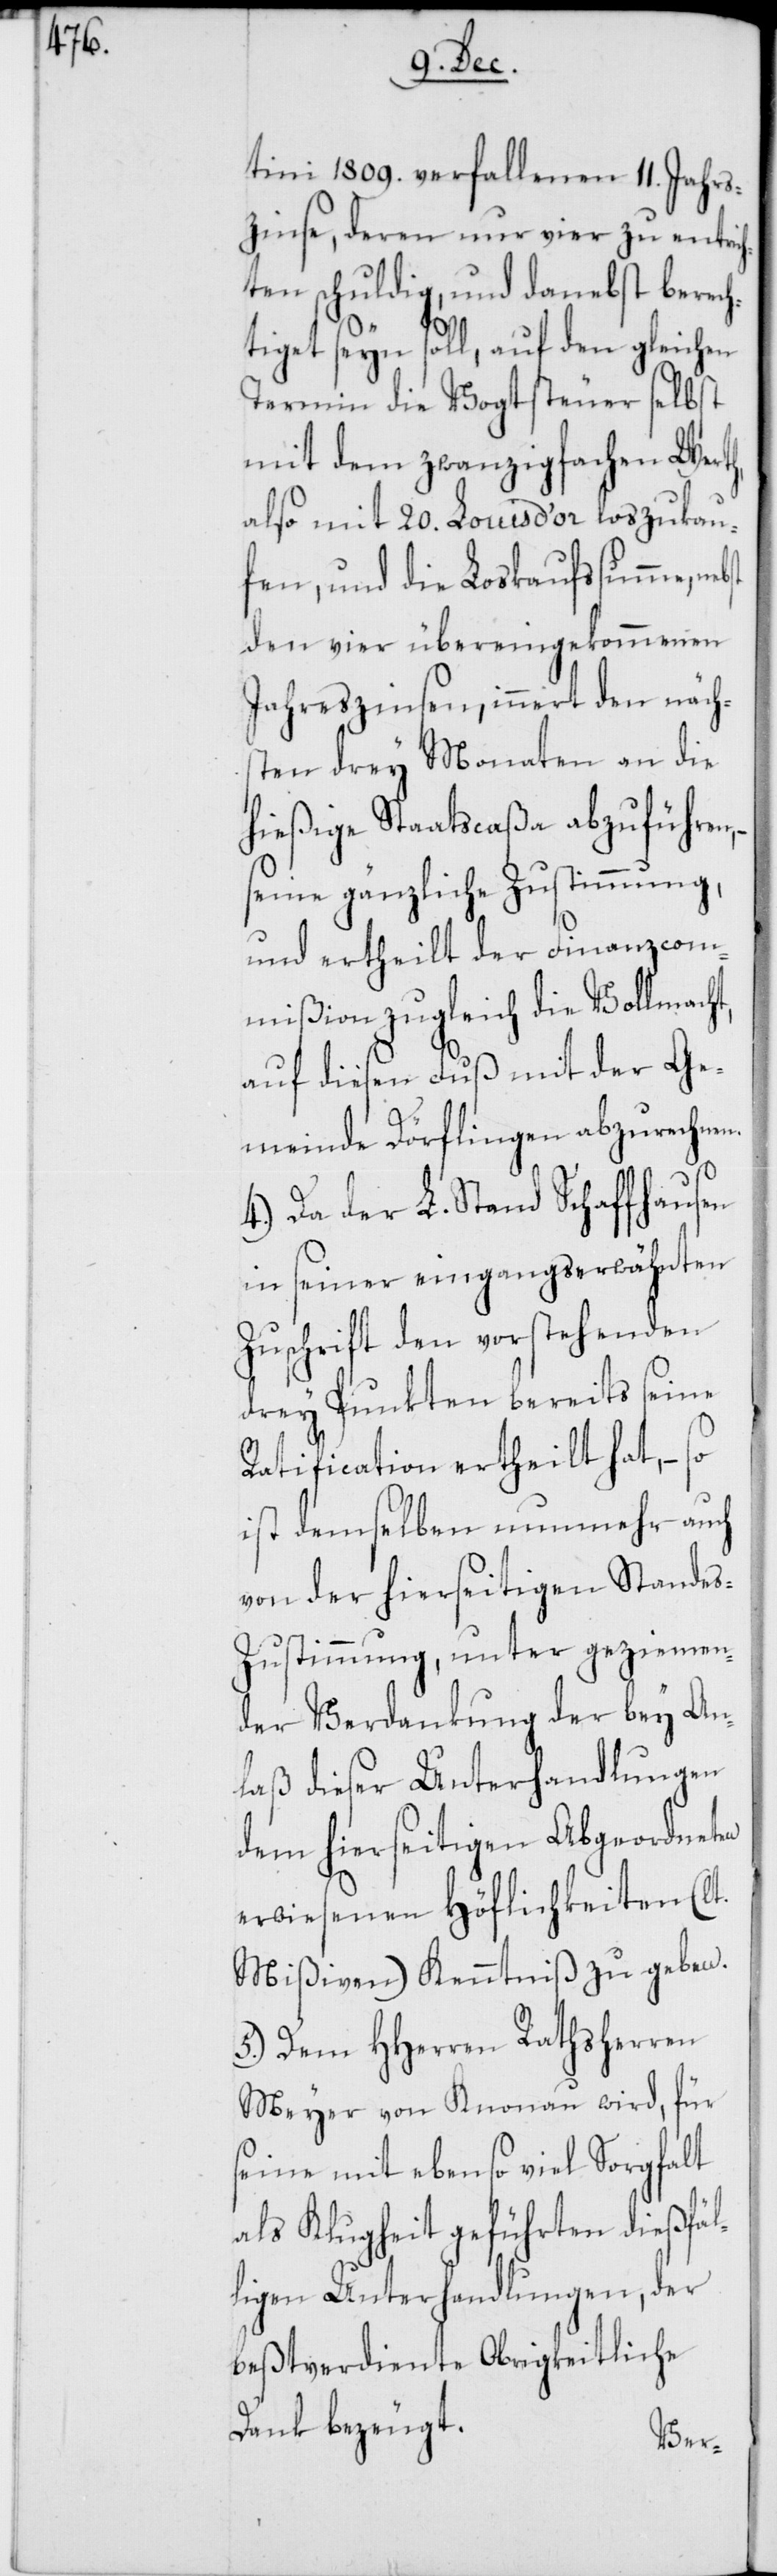
tini 1809. verfallenen 11. Jahrs¬
zinse, deren nur vier zu entrich¬
ten schuldig, und danebst berech¬
tiget seyn soll, auf den gleichen
Termin die Vogtsteuer selbst
mit dem zwanzigfachen Werth,
also mit 20. Louis d’or loszukau¬
fen, und die Loskaufssumme,
den vier übereingekommenen
Jahreszinsen, innert den näch¬
sten drey Monaten an die
hießige Staatscaßa abzuführen,
seine gänzliche Zustimmung,
und ertheilt der Finanzcom¬
mißion zugleich die Vollmacht,
auf diesen Fuß mit der Ge¬
meinde Dörflingen abzurechnen.
4.) Da der L. Stand Schaffhausen
in seiner eingangserwähnten
Zuschrift den vorstehenden
drey Punkten bereits seine
Ratification ertheilt hat, – so
ist demselben nunmehr auch
von der hierseitigen Stande¬
s-Zustimmung, unter geziemen¬
der Verdankung der bey An¬
laß dieser Unterhandlungen
dem hierseitigen Abgeordneten
erwiesenen Höflichkeiten (lt.
Mißiven) Kenntniß zu geben.
5.) Dem HHerren Rathsherren
Meyer von Knonau wird, für
seine mit ebenso viel Sorgfalt
als Klugheit geführten dießfäl¬
ligen Unterhandlungen, der
beßtverdiente Obrigkeitliche
Dank bezeugt.